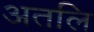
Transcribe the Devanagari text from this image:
अतलि